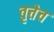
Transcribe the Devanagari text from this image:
वृत्तेच